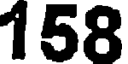
158